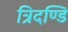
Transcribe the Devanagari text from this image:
त्रिदण्डि